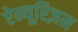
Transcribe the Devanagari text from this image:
ऐन्यूरिज़म